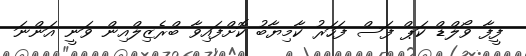
ފީފާ ވޯލްޑް ކަޕް ފަސް ފަހަރު ކާމިޔާބު ކޮށްފައިވާ ބްރެޒިލްއިން ވަނީ އަންނަ